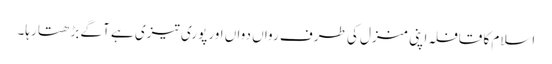
اسلام کا قافلہ اپنی منزل کی طرف رواں دواں اور پوری تیزی ہے آگے بڑھتا رہا۔